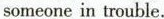
someone in trouble.